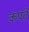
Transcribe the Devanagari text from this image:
कपते